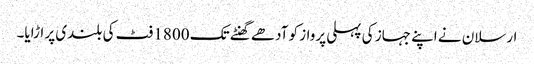
ارسلان نے اپنے جہاز کی پہلی پرواز کو آدھے گھنٹے تک 1800 فٹ کی بلندی پر اڑایا۔